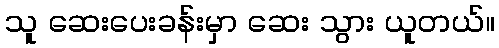
သူ ဆေးပေးခန်းမှာ ဆေး သွား ယူတယ်။